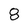
Character: 8